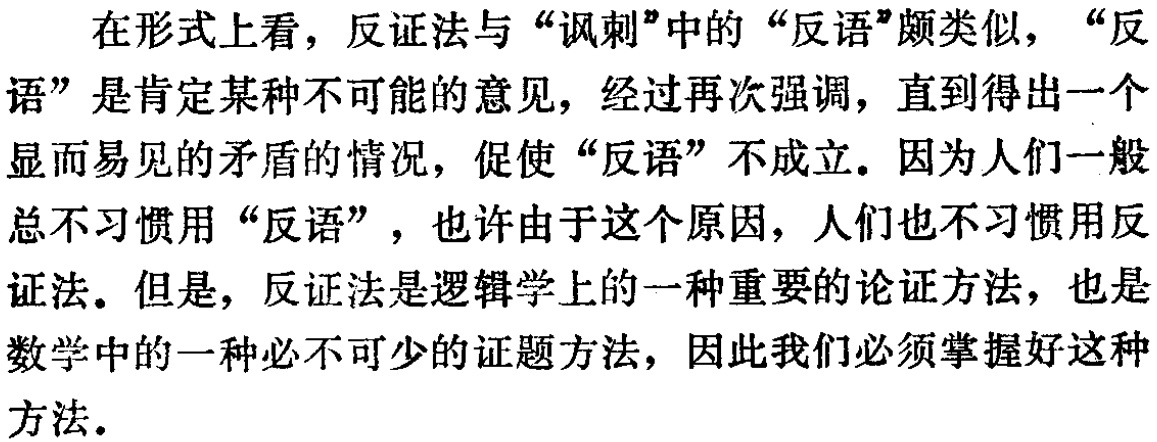
在形式上看，反证法与“讽刺”中的“反语”颇类似，“反语”是肯定某种不可能的意见，经过再次强调，直到得出一个显而易见的矛盾的情况，促使“反语”不成立。因为人们一般总不习惯用“反语”，也许由于这个原因，人们也不习惯用反证法。但是，反证法是逻辑学上的一种重要的论证方法，也是数学中的一种必不可少的证题方法，因此我们必须掌握好这种方法。